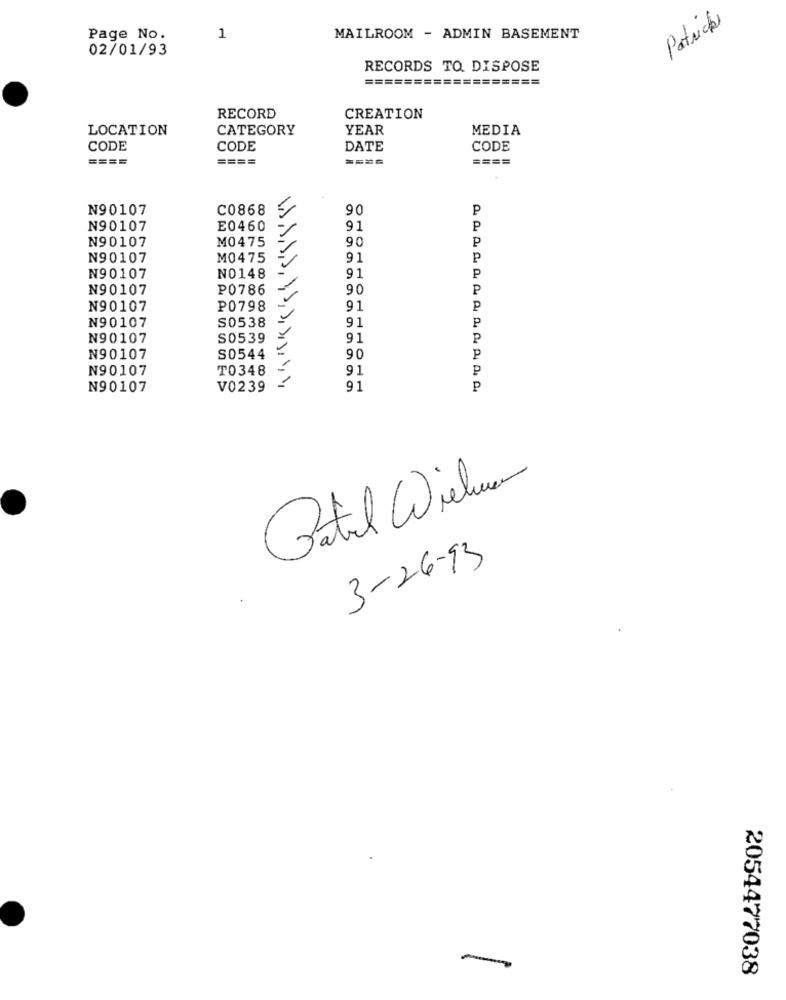
Patrick
Page No.
1
MAILROOM - ADMIN BASEMENT
02/01/93
RECORDS TO DISPOSE
=========
RECORD
CREATION
LOCATION
CATEGORY
YEAR
MEDIA
CODE
CODE
DATE
CODE
====
====
N90107
C0868
90
P
N90107
E0460
91
P
N90107
M0475
90
P
N90107
M0475
91
P
N90107
NO148 -
91
P
N90107
₱0786 -
90
P
N90107
P0798
91
P
N90107
P
S0538 -
91
N90107
S0539 =
91
P
S0544 -
N90107
90
P
N90107
T0348
91
P
N90107
V0239
91
P
Gatil Wielu
3-26-93
-
2054477038